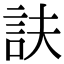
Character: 𧥱